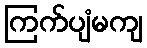
ကြက်ပျံမကျ